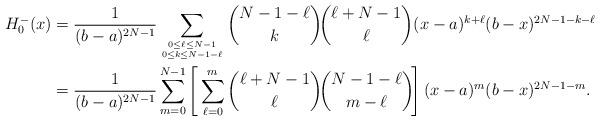
LaTeX: \begin{align*}H_0^-(x)&=\frac{1}{(b-a)^{2N-1}} \sum_{0\le\ell\le N-1 \atop 0\le k\le N-1-\ell}\binom{N-1-\ell}{k}\!\binom{\ell+N-1}{\ell} (x-a)^{k+\ell}(b-x)^{2N-1-k-\ell}\\&=\frac{1}{(b-a)^{2N-1}} \sum_{m=0}^{N-1} \left[\,\sum_{\ell=0}^m\binom{\ell+N-1}{\ell} \!\binom{N-1-\ell}{m-\ell}\!\right] (x-a)^m (b-x)^{2N-1-m}.\end{align*}